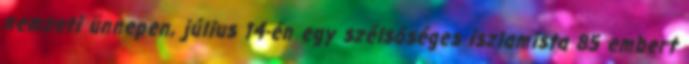
nemzeti ünnepen, július 14-én egy szélsőséges iszlamista 85 embert